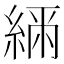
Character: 𦂲